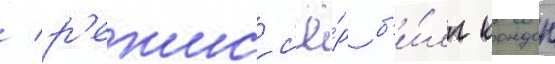
/ р'ежисс'ё́р б'и́лл кондон